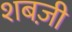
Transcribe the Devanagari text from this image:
शबज़ी